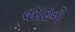
વરાઇનો